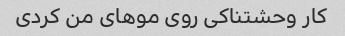
کار وحشتناکی روی موهای من کردی